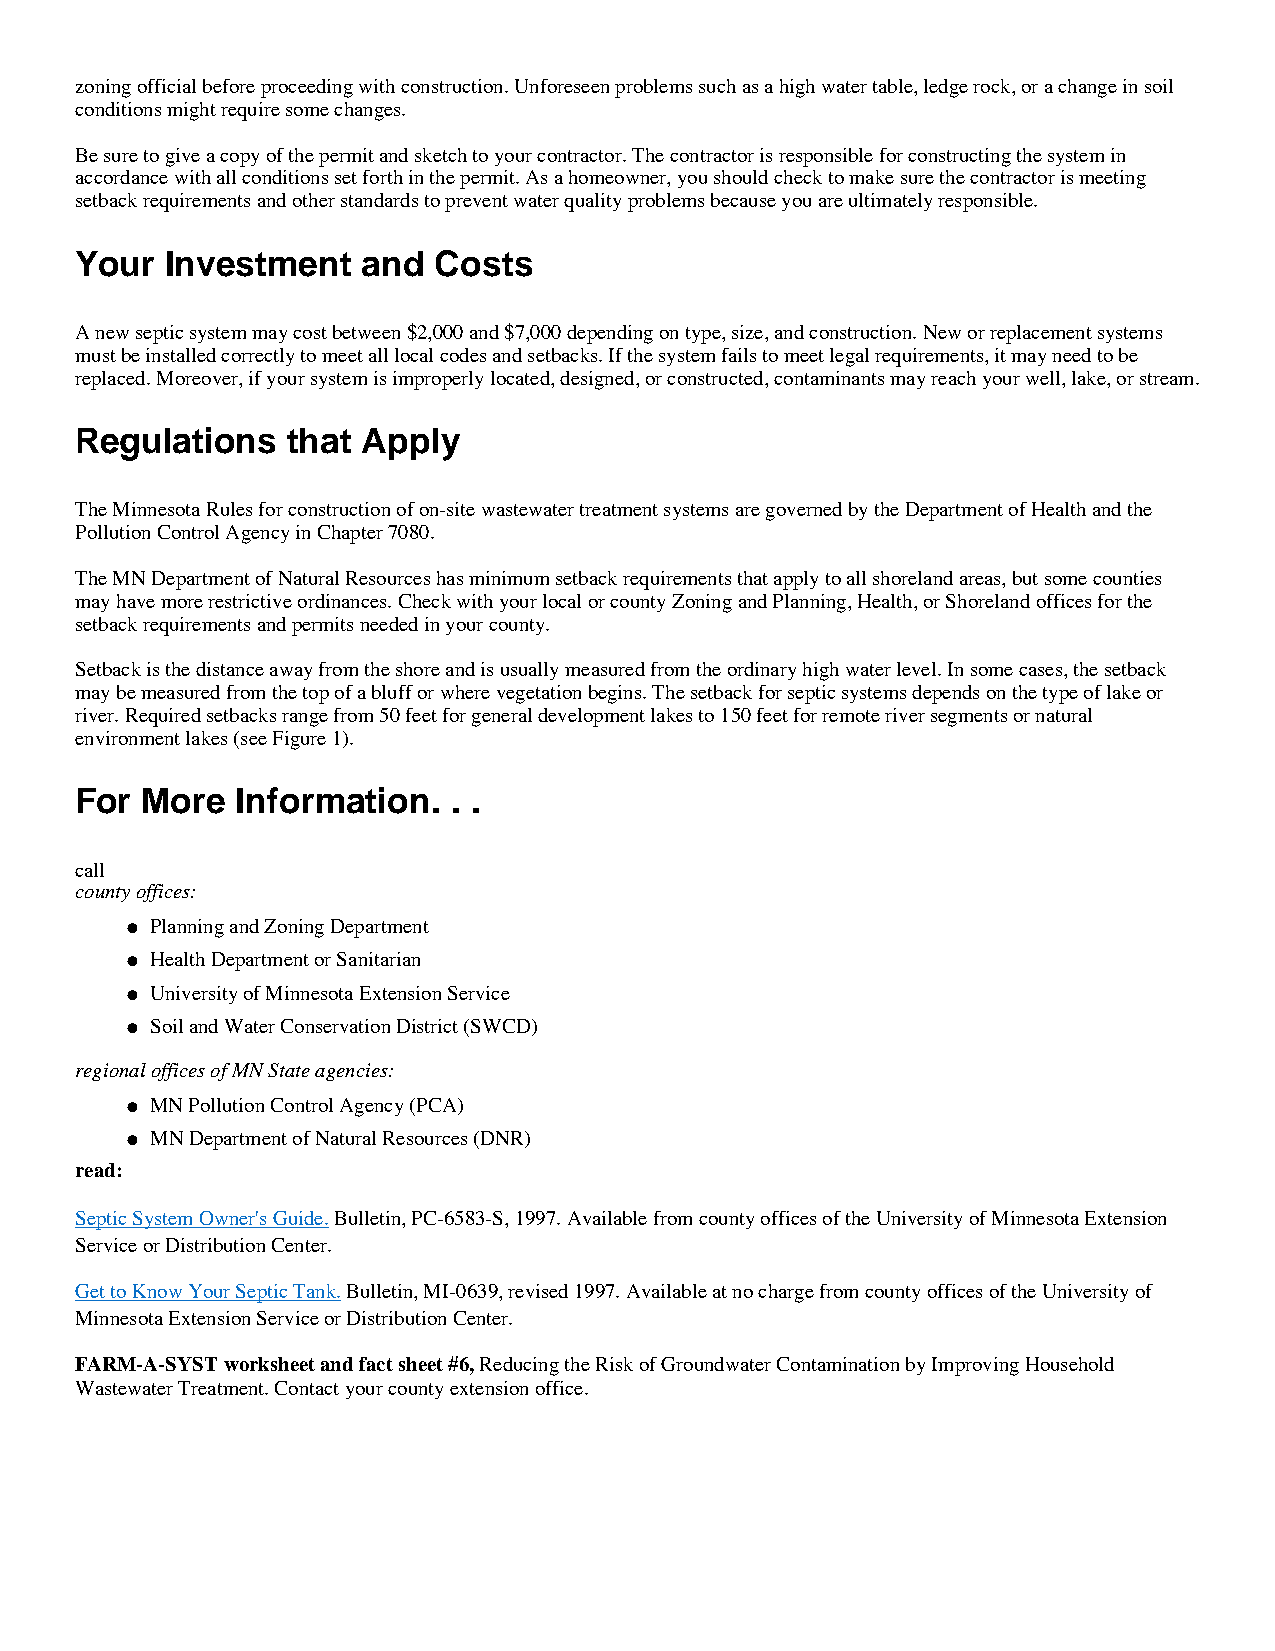
zoning official before proceeding with construction. Unforeseen problems such as a high water table, ledge rock, or a change in soil
 conditions might require some changes.
 Be sure to give a copy of the permit and sketch to your contractor. The contractor is responsible for constructing the system in
 accordance with all conditions set forth in the permit. As a homeowner, you should check to make sure the contractor is meeting
 setback requirements and other standards to prevent water quality problems because you are ultimately responsible.
 Your  Investment   and  Costs
 A new septic system may cost between $2,000 and $7,000 depending on type, size, and construction. New or replacement systems
 must be installed correctly to meet all local codes and setbacks. If the system fails to meet legal requirements, it may need to be
 replaced. Moreover, if your system is improperly located, designed, or constructed, contaminants may reach your well, lake, or stream.
 Regulations   that Apply
 The Minnesota Rules for construction of on-site wastewater treatment systems are governed by the Department of Health and the
 Pollution Control Agency in Chapter 7080.
 The MN Department of Natural Resources has minimum setback requirements that apply to all shoreland areas, but some counties
 may have more restrictive ordinances. Check with your local or county Zoning and Planning, Health, or Shoreland offices for the
 setback requirements and permits needed in your county.
 Setback is the distance away from the shore and is usually measured from the ordinary high water level. In some cases, the setback
 may be measured from the top of a bluff or where vegetation begins. The setback for septic systems depends on the type of lake or
 river. Required setbacks range from 50 feet for general development lakes to 150 feet for remote river segments or natural
 environment lakes (see Figure 1).
 For More   Information.  . .
 call
 county offices:
 Planning and Zoning Department
 l
 Health Department or Sanitarian
 l
 University of Minnesota Extension Service
 l
 Soil and Water Conservation District (SWCD)
 l
 regional offices of MN State agencies:
 MN Pollution Control Agency (PCA)
 l
 MN Department of Natural Resources (DNR)
 l
 read:
 Septic System Owner's Guide. Bulletin, PC-6583-S, 1997. Available from county offices of the University of Minnesota Extension
 Service or Distribution Center.
 Get to Know Your Septic Tank. Bulletin, MI-0639, revised 1997. Available at no charge from county offices of the University of
 Minnesota Extension Service or Distribution Center.
 FARM-A-SYST worksheet and fact sheet #6, Reducing the Risk of Groundwater Contamination by Improving Household
 Wastewater Treatment. Contact your county extension office.